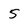
Character: 5